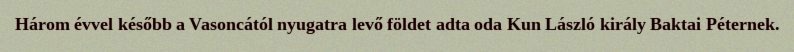
Három évvel később a Vasoncától nyugatra levő földet adta oda Kun László király Baktai Péternek.